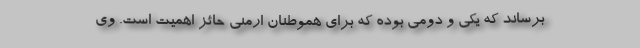
برساند که یکی و دومی بوده که برای هموطنان ارمنی حائز اهمیت است. وی